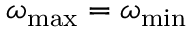
\omega _ { \mathrm { m a x } } = \omega _ { \mathrm { m i n } }